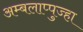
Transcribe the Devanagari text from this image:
अम्बलाप्पुज्हा